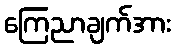
ကြေညာချက်အား